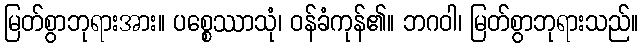
မြတ်စွာဘုရားအား။ ပစ္စေဿာသုံ၊ ဝန်ခံကုန်၏။ ဘဂဝါ၊ မြတ်စွာဘုရားသည်။